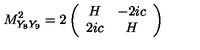
M _ { Y _ { 8 } Y _ { 9 } } ^ { 2 } = 2 \left( \begin{array} { c c } { H } & { - 2 i c } \\ { 2 i c } & { H } \\ \end{array} \right)